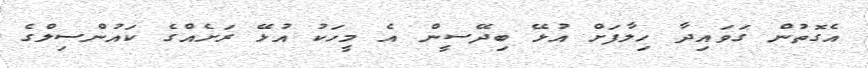
އެގޮތުން ގަވައިދާ ހިލާފަށް އުޅޭ ބިދޭސީން އެ މީހަކު އުޅޭ ރަށެއްގެ ކައުންސިލްގެ